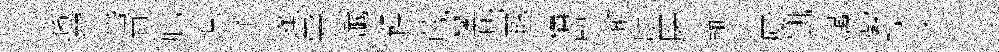
奬翬岱尙庇埠通蓬雩䜟躁蕆鑾兠覼構煎邂臉屠輸訏厦凱贓紫球篠